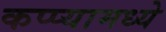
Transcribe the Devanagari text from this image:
कप्प्यामध्ये